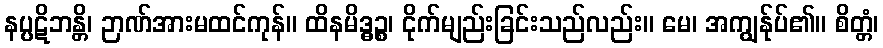
နပ္ပဋိဘန္တိ၊ ဉာဏ်အားမထင်ကုန်။ ထိနမိဒ္ဓဉ္စ၊ ငိုက်မျည်းခြင်းသည်လည်း။ မေ၊ အကျွန်ုပ်၏။ စိတ္တံ၊